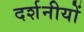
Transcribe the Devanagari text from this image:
दर्शनीयों